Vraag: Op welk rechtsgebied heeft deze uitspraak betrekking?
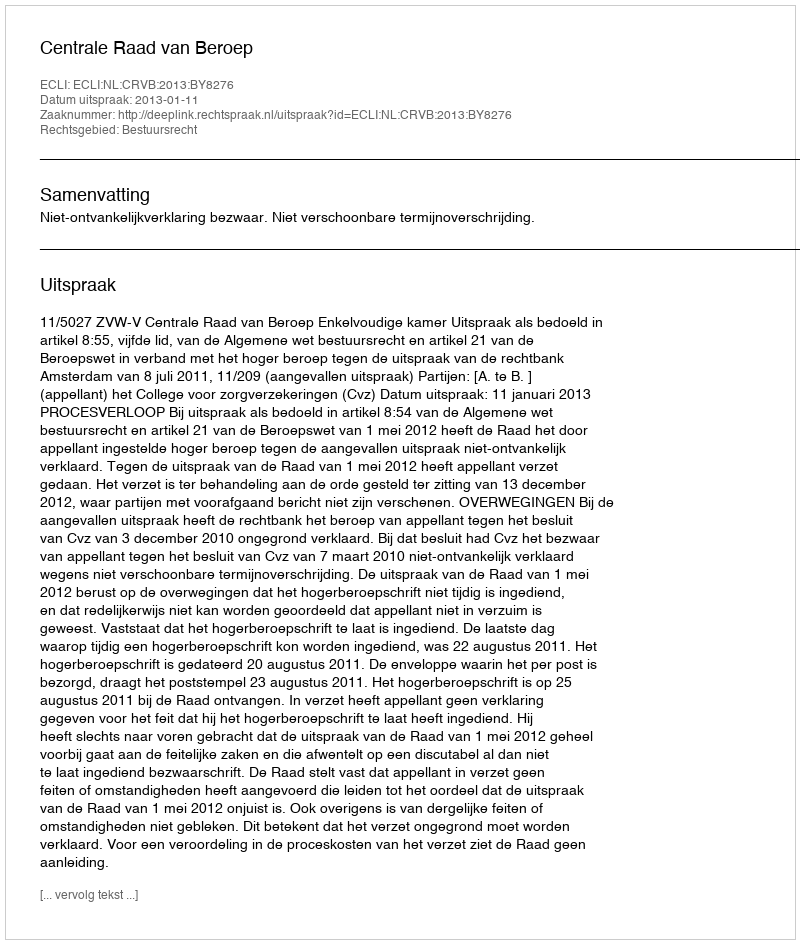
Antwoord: Bestuursrecht